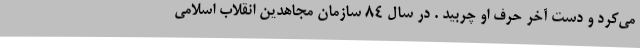
می‌کرد و دست آخر حرف او چربید . در سال 84 سازمان مجاهدین انقلاب اسلامی